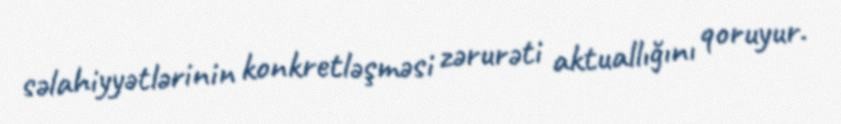
səlahiyyətlərinin konkretləşməsi zərurəti aktuallığını qoruyur.